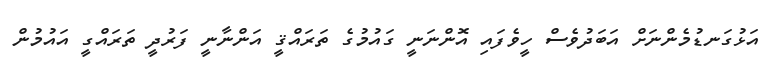
އަޅުގަނޑުމެންނަށް އަބަދުވެސް ހީވެފައި އޮންނަނީ ގައުމުގެ ތަރައްޤީ އަންނާނީ ފަރުދީ ތަރައްގީ އައުމުން